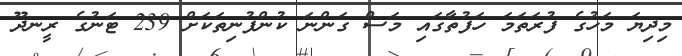
މިދިޔަ މަހުގެ ފުރަތަމަ ހަފުތާގައި މަސް ގަންނަ ކުންފުނިތަކަށް 239 ޓަނުގެ ރީނދޫ